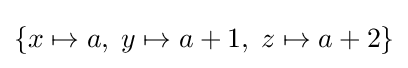
\{x\mapsto a,\;y\mapsto a+1,\;z\mapsto a+2\}